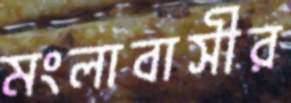
মংলাবাসীর